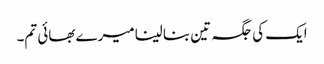
ایک کی جگہ تین بنا لینا میرے بھائی تم۔